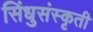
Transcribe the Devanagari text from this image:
सिंधुसंस्कृती